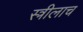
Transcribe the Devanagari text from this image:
स्त्रीलाच